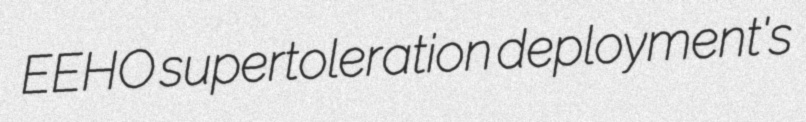
EEHO supertoleration deployment's